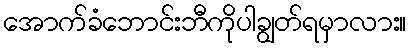
အောက်ခံဘောင်းဘီကိုပါချွတ်ရမှာလား။